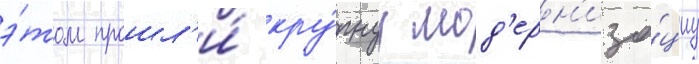
э́том прошл'и́ кру́пнуу мод'ерн'иза́циу